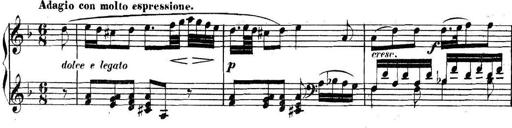
Title: Collected Piano Sonatas
Composer: Muzio Clementi